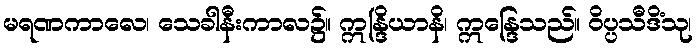
မရဏကာလေ၊ သေခါနီးကာလ၌။ ဣန္ဒြိယာနိ၊ ဣန္ဒြေသည်။ ဝိပ္ပသီဒိံသု၊